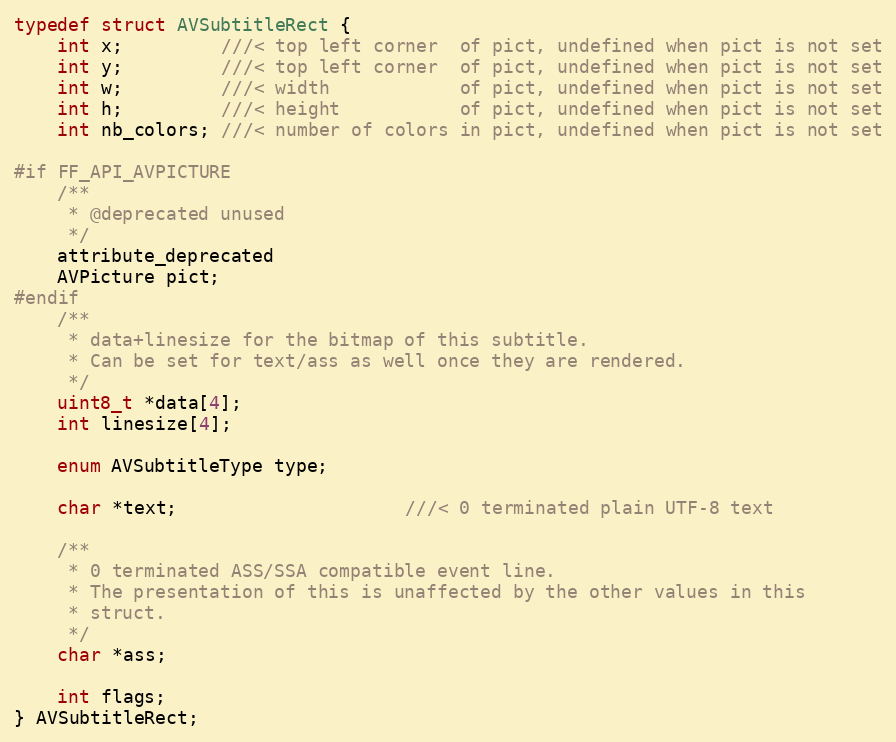
Language: C
typedef struct AVSubtitleRect {
    int x;         ///< top left corner  of pict, undefined when pict is not set
    int y;         ///< top left corner  of pict, undefined when pict is not set
    int w;         ///< width            of pict, undefined when pict is not set
    int h;         ///< height           of pict, undefined when pict is not set
    int nb_colors; ///< number of colors in pict, undefined when pict is not set

#if FF_API_AVPICTURE
    /**
     * @deprecated unused
     */
    attribute_deprecated
    AVPicture pict;
#endif
    /**
     * data+linesize for the bitmap of this subtitle.
     * Can be set for text/ass as well once they are rendered.
     */
    uint8_t *data[4];
    int linesize[4];

    enum AVSubtitleType type;

    char *text;                     ///< 0 terminated plain UTF-8 text

    /**
     * 0 terminated ASS/SSA compatible event line.
     * The presentation of this is unaffected by the other values in this
     * struct.
     */
    char *ass;

    int flags;
} AVSubtitleRect;